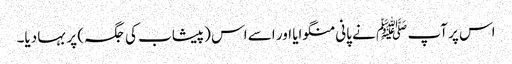
اس پر آپ ﷺ نے پانی منگوایا اور اسے اس (پیشاب کی جگہ) پر بہا دیا۔